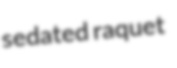
sedated raquet